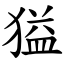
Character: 獈